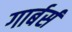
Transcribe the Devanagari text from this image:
गार्बर्स